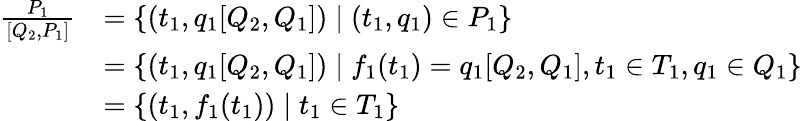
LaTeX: \begin{array}{rl}{\frac{P_{1}}{[Q_{2},P_{1}]}}&{=\{ (t_{1},q_{1}[Q_{2},Q_{1}])\mid(t_{1},q_{1})\in P_{1}\} }\\ &{=\{ (t_{1},q_{1}[Q_{2},Q_{1}])\mid f_{1}(t_{1})=q_{1}[Q_{2},Q_{1}],t_{1}\in T_{1},q_{1}\in Q_{1}\} }\\ &{=\{ (t_{1},f_{1}(t_{1}))\mid t_{1}\in T_{1}\} }\end{array}